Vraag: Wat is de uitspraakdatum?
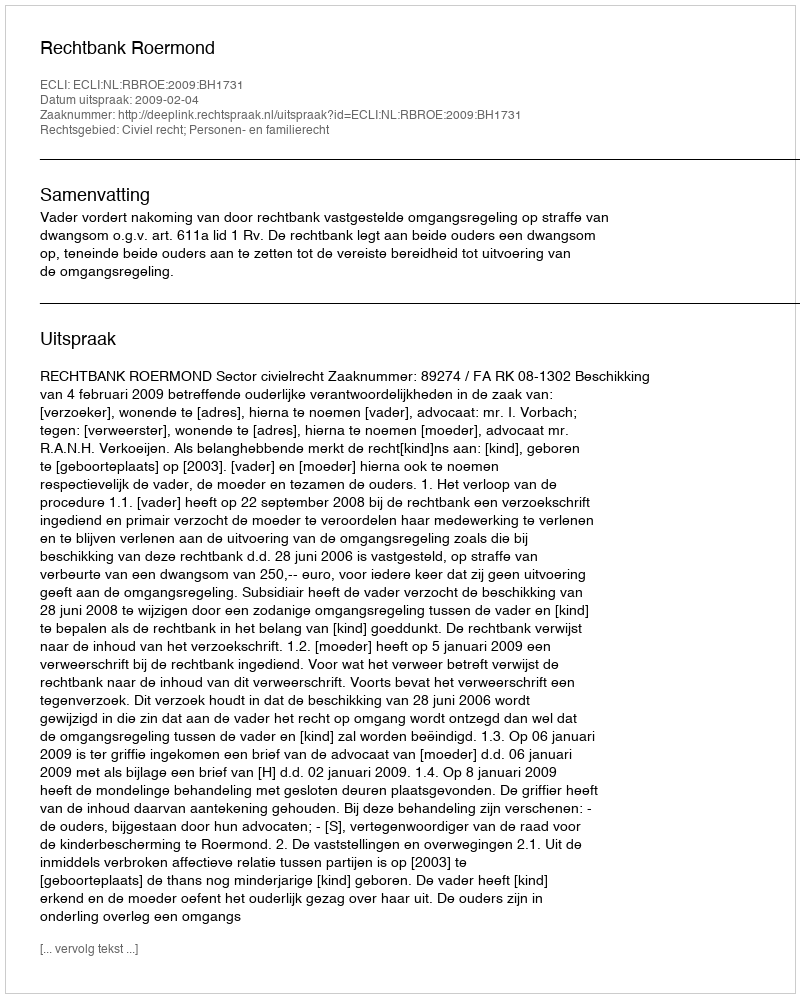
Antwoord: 2009-02-04